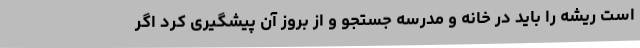
است ریشه را باید در خانه و مدرسه جستجو و از بروز آن پیشگیری کرد اگر